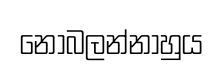
නොබලන්නාහුය